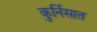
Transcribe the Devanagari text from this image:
कुर्निसात